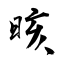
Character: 晐